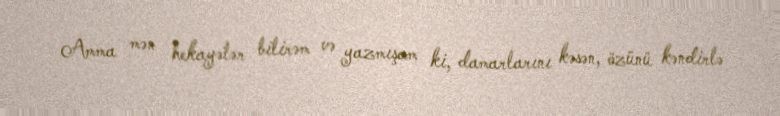
Amma mən hekayələr bilirəm və yazmışam ki, damarlarını kəsən, özünü kəndirlə